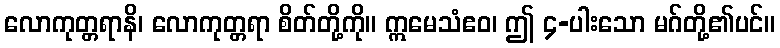
လောကုတ္တရာနိ၊ လောကုတ္တရာ စိတ်တို့ကို။ ဣမေသံဧဝ၊ ဤ ၄-ပါးသော မဂ်တို့၏ပင်။